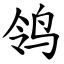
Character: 鸰